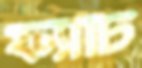
ফ্যাটি